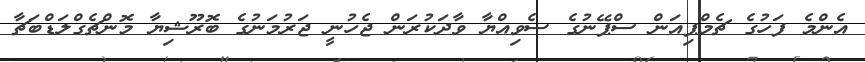
އެންމެ ފަހުގެ ޗެމްޕިއަން ސްޕޭނުގެ ސެވިއްޔާ ވާދަކުރަން ޖެހުނީ ޖަރުމަނުގެ ބޮރޫޝިޔާ މޮންޗެގްލަޑްބަޗާ